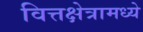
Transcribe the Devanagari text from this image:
वित्तक्षेत्रामध्ये